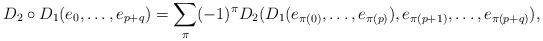
LaTeX: \begin{align*}D_2 \circ D_1 (e_0,\ldots,e_{p+q}) = \sum_\pi (-1)^\pi D_2(D_1(e_{\pi(0)},\ldots,e_{\pi(p)}), e_{\pi(p+1)},\ldots,e_{\pi(p+q)}),\end{align*}